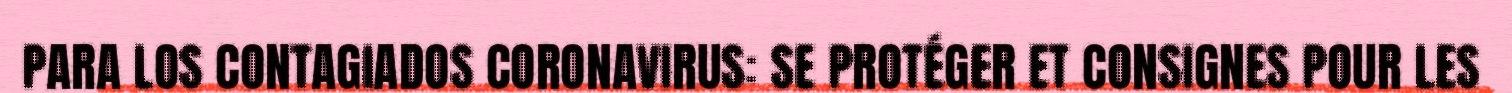
PARA LOS CONTAGIADOS CORONAVIRUS: SE PROTÉGER ET CONSIGNES POUR LES